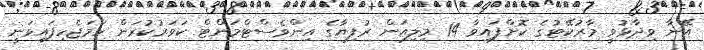
އޭނާ ވިދާޅުވީ މާރުކޭޓުގެ ކޮށްފައިވާ 14 މިލިއަން ރުފިޔާގެ އިންވެސްޓްމަންޓް ކަވަރުކުރަން ހަމަޖެހިފައިވަނީ